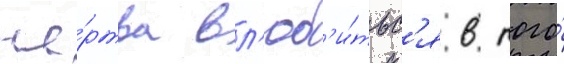
же́ртва вл'юб'и́тьс'я в того́